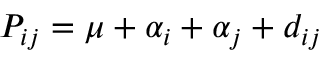
P _ { i j } = \mu + \alpha _ { i } + \alpha _ { j } + d _ { i j }